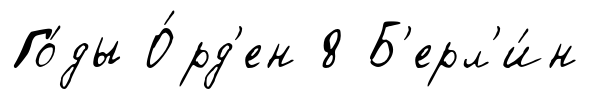
Го́ды О́рд'ен 8 Б'ерл'и́н